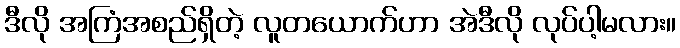
ဒီလို အကြံအစည်ရှိတဲ့ လူတယောက်ဟာ အဲဒီလို လုပ်ပါ့မလား။